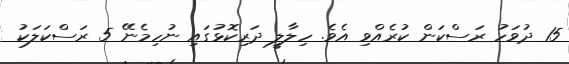
15 ދުވަހު ރަސްކަން ކުރެއްވި އެވެ. ހިލާލީ ދަރިކޮޅުގައި ނުހިމެނޭ 5 ރަސްކަލަކު